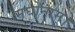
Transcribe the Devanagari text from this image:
मघोनाम्।